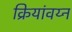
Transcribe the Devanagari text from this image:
क्रियांवय्न